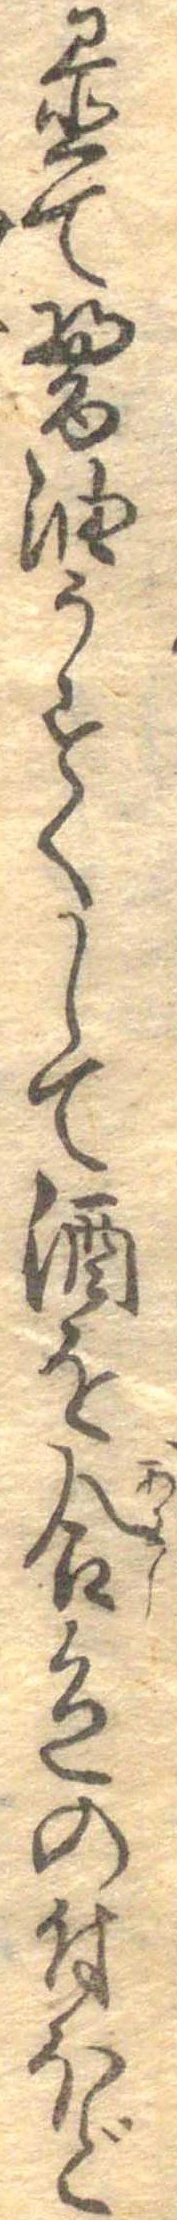
置て醤油うすくして酒を合色の付ほど